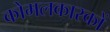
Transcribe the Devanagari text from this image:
कोमलकारकों